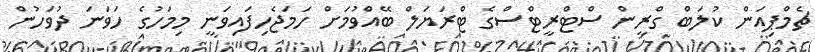
ޗެމްޕިއަން ކުލަބް ގްރީން ސްޓްރީޓްސްގެ ޓްރަޔަލް ބޭއްވުމަށް ހަމަޖެހިފައިވަނީ މިމަހުގެ ހަވަނަ ދުވަހުން